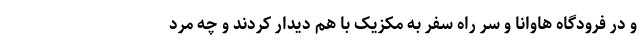
و در فرودگاه هاوانا و سر راه سفر به مکزیک با هم دیدار کردند و چه مرد